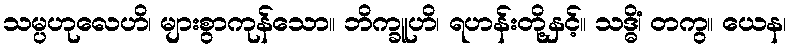
သမ္ပဟုလေဟိ၊ များစွာကုန်သော။ ဘိက္ခူဟိ၊ ရဟန်းတို့နှင့်။ သဒ္ဓိံ၊ တကွ။ ယေန၊